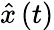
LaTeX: \hat{x}\left(t\right)